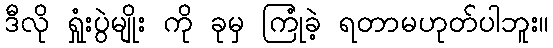
ဒီလို ရှုံးပွဲမျိုး ကို ခုမှ ကြုံခဲ့ ရတာမဟုတ်ပါဘူး။